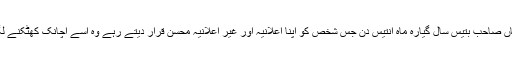
میاں صاحب بتیس سال گیارہ ماہ اُنتیس دن جس شخص کو اپنا اعلانیہ اور غیر اعلانیہ محسن قرار دیتے رہے وہ اسے اچانک کھٹکنے لگا۔